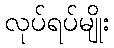
လုပ်ရပ်မျိုး